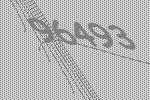
96493